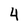
Character: 4